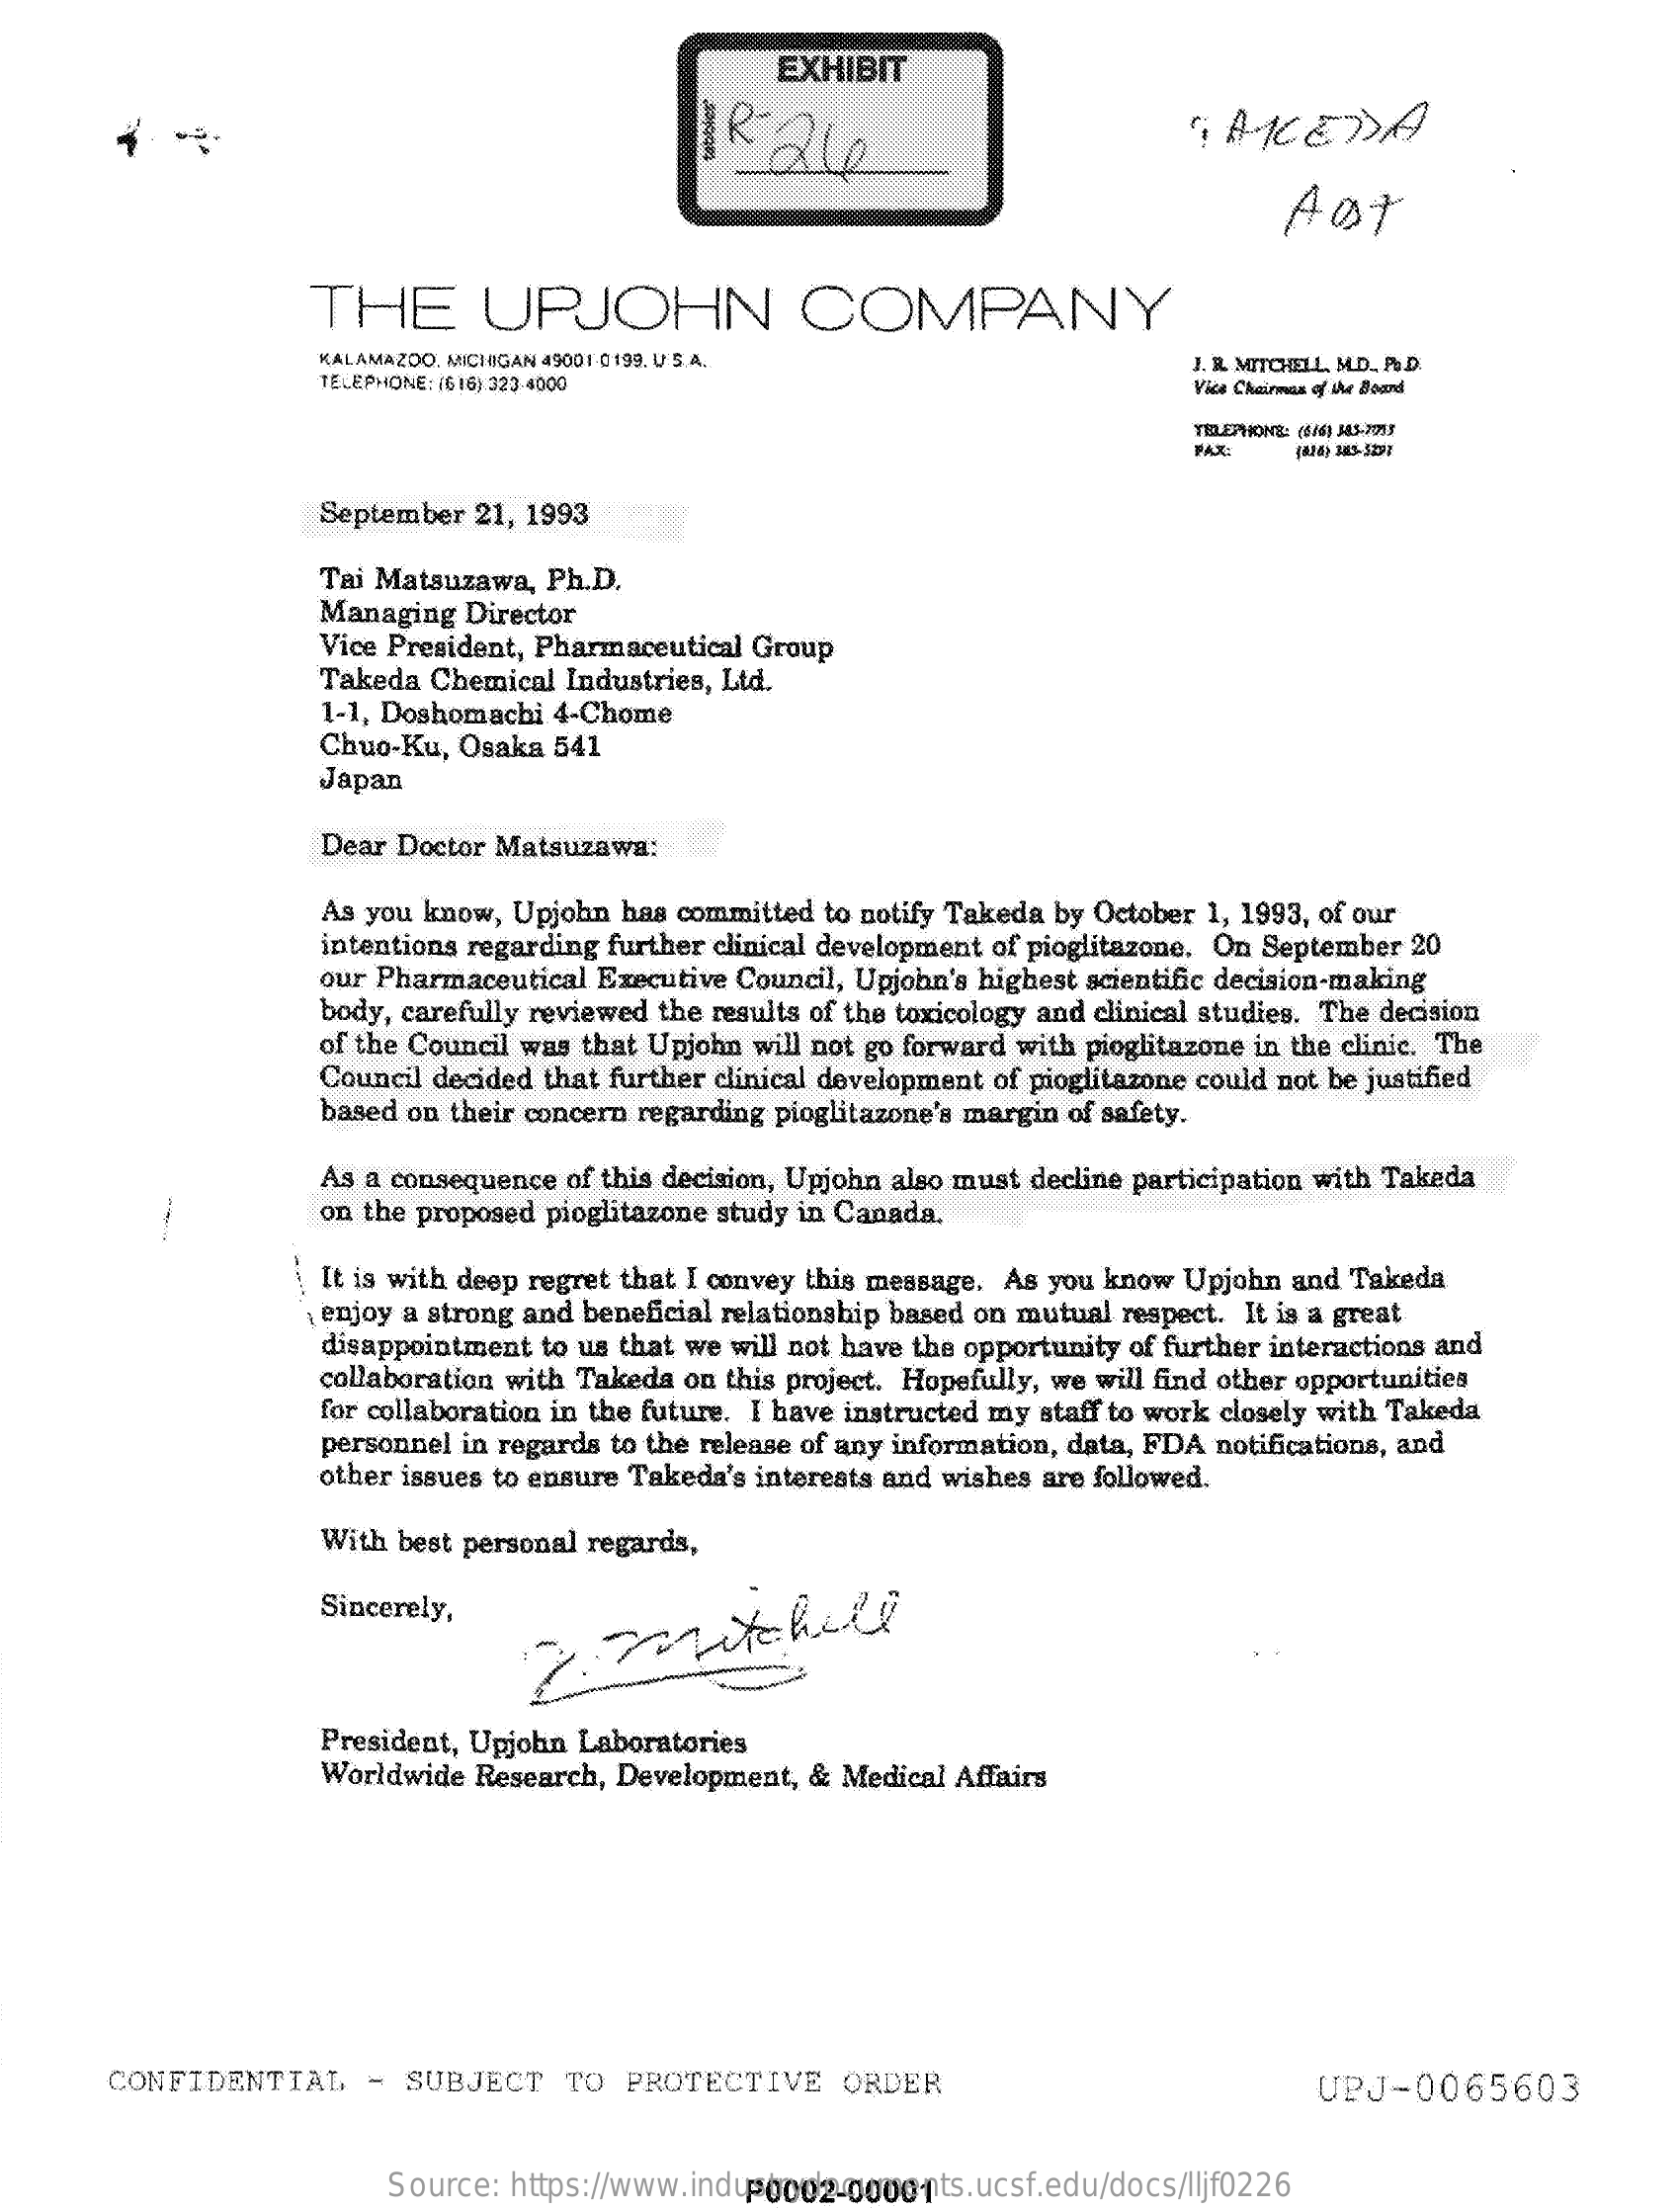
EXHIBIT
     R:24    AKCE)A
     AOt
     THE    UPJOHN    COMPANY
     KALAMAZOO, MICHIGAN 49001 0199. U. S.A.
     TELEPHONE: 16 16).323-4000
     J. R. MITCHELL, M.D. P .. D.
     Vice Chairman of the Board
     TELEPHONE: (EN) MA3-79]]
     FAX:   (1/6) 3KS-5297
     September 21, 1993
     Tai Matsuzawa, Ph.D.
     Managing  Director
     Vice President, Pharmaceutical Group
     Takeda  Chemical Industries, Ltd.
     1-1, Doshomachi 4-Chome
     Chuo-Ku, Osaka 541
     Japan
     Dear Doctor Matsuzawa:
     As you know, Upjohn has committed to notify Takeda by October 1, 1993, of our
     intentions regarding further clinical development of pioglitazone. On September 20
     our Pharmaceutical Executive Council, Upjohn's highest scientific decision-making
     body, carefully reviewed the results of the toxicology and clinical studies. The decision
     of the Council was that Upjohn will not go forward with pioglitazone in the clinic. The
     Council decided that further clinical development of pioglitazone could not be justified
     based on their concern regarding pioglitazone's margin of safety.
     As a consequence of this decision, Upjohn also must decline participation with Takeda
     on the proposed pioglitazone study in Canada.
     It is with deep regret that I convey this message. As you know Upjohn and Takeda
     enjoy a strong and beneficial relationship based on mutual respect. It is a great
     disappointment to us that we will not have the opportunity of further interactions and
     collaboration with Takeda on this project. Hopefully, we will find other opportunities
     for collaboration in the future. I have instructed my staff to work closely with Takeda
     personnel in regards to the release of any information, data, FDA notifications, and
     other issues to ensure Takeda's interests and wishes are followed.
     With best personal regards,
     Sincerely,
     President, Upjohn Laboratories
     Worldwide  Research, Development, & Medical Affairs
     CONFIDENTIAL    - SUBJECT    TO  PROTECTIVE    ORDER    UPJ-0065603
     Source:  https://www.industrydocuments.ucsf.edu/docs/lljf0226 P0002-00001